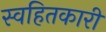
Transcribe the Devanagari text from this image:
स्वहितकारी